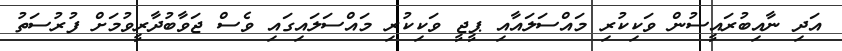
އަދި ނާއިބުރައީސުން ވަކިކުރި މައްސަލައާއި ޕީޖީ ވަކިކުރި މައްސަލައިގައި ވެސް ޖަވާބުދާރީވުމަށް ފުރުސަތު